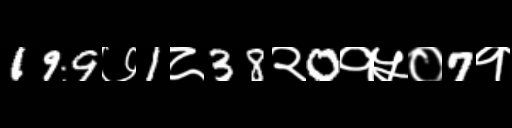
Text: 199७1८38२0१५०7१